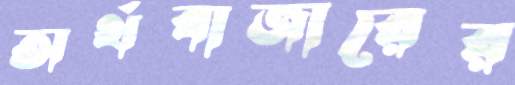
অর্থবাজারের